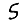
Digit: 5